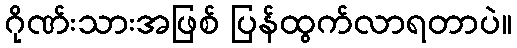
ဂိုဏ်းသားအဖြစ် ပြန်ထွက်လာရတာပဲ။